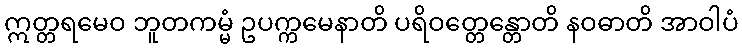
ဣတ္တရမေဝ ဘူတကမ္မံ ဥပက္ကမေနာတိ ပရိဝတ္တေန္တောတိ နဝဓာတိ အာဝါပံ